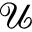
\mathcal { U }